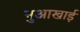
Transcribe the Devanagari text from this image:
नुआखाई